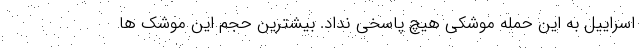
اسراییل به این حمله موشکی هیچ پاسخی نداد. بیشترین حجم این موشک ها